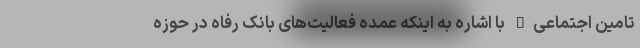
تامین اجتماعی" با اشاره به اینکه عمده فعالیت‌های بانک رفاه در حوزه